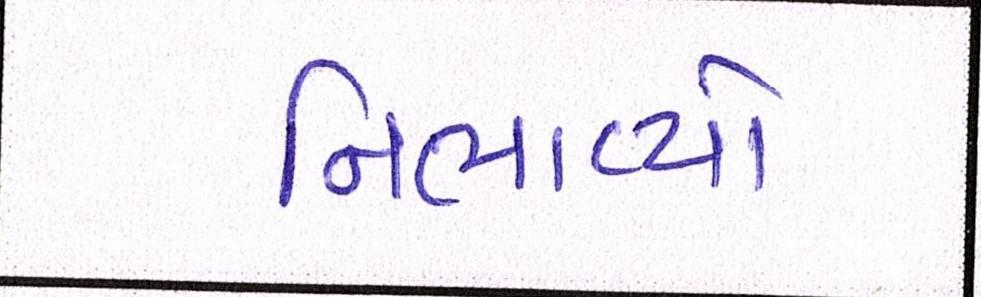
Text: નિભાવ્યો